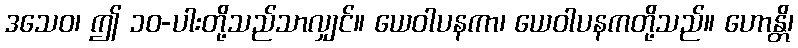
ဒသေဝ၊ ဤ ၁၀-ပါးတို့သည်သာလျှင်။ ယေဝါပနကာ၊ ယေဝါပနကတို့သည်။ ဟောန္တိ၊